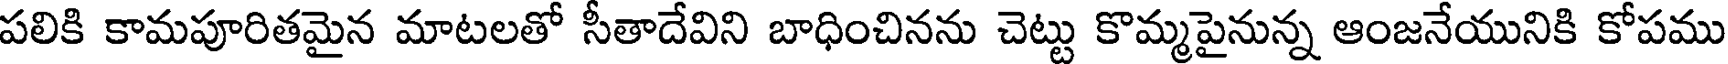
పలికి కామపూరితమైన మాటలతో సీతాదేవిని బాధించినను చెట్టు కొమ్మపైనున్న ఆంజనేయునికి కోపము